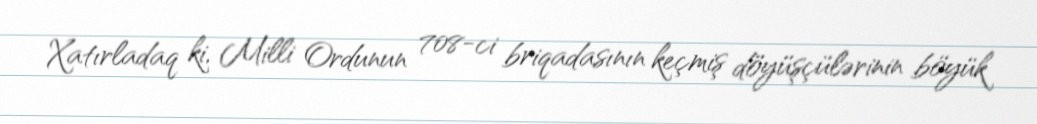
Xatırladaq ki, Milli Ordunun 708-ci briqadasının keçmiş döyüşçülərinin böyük